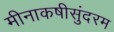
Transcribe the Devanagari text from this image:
मीनाकषीसुंदरम